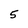
Character: 5